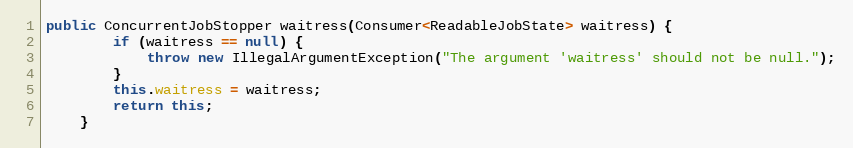
Language: Java
public ConcurrentJobStopper waitress(Consumer<ReadableJobState> waitress) {
        if (waitress == null) {
            throw new IllegalArgumentException("The argument 'waitress' should not be null.");
        }
        this.waitress = waitress;
        return this;
    }